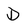
Character: D